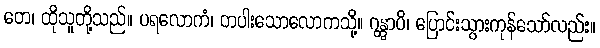
တေ၊ ထိုသူတို့သည်။ ပရလောကံ၊ တပါးသောလောကသို့။ ဂန္တွာပိ၊ ပြောင်းသွားကုန်သော်လည်း။